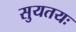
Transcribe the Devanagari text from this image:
सुयतयः